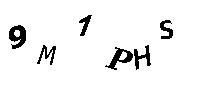
9M1PHS